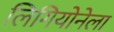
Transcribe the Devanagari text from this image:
लिगियोनेला